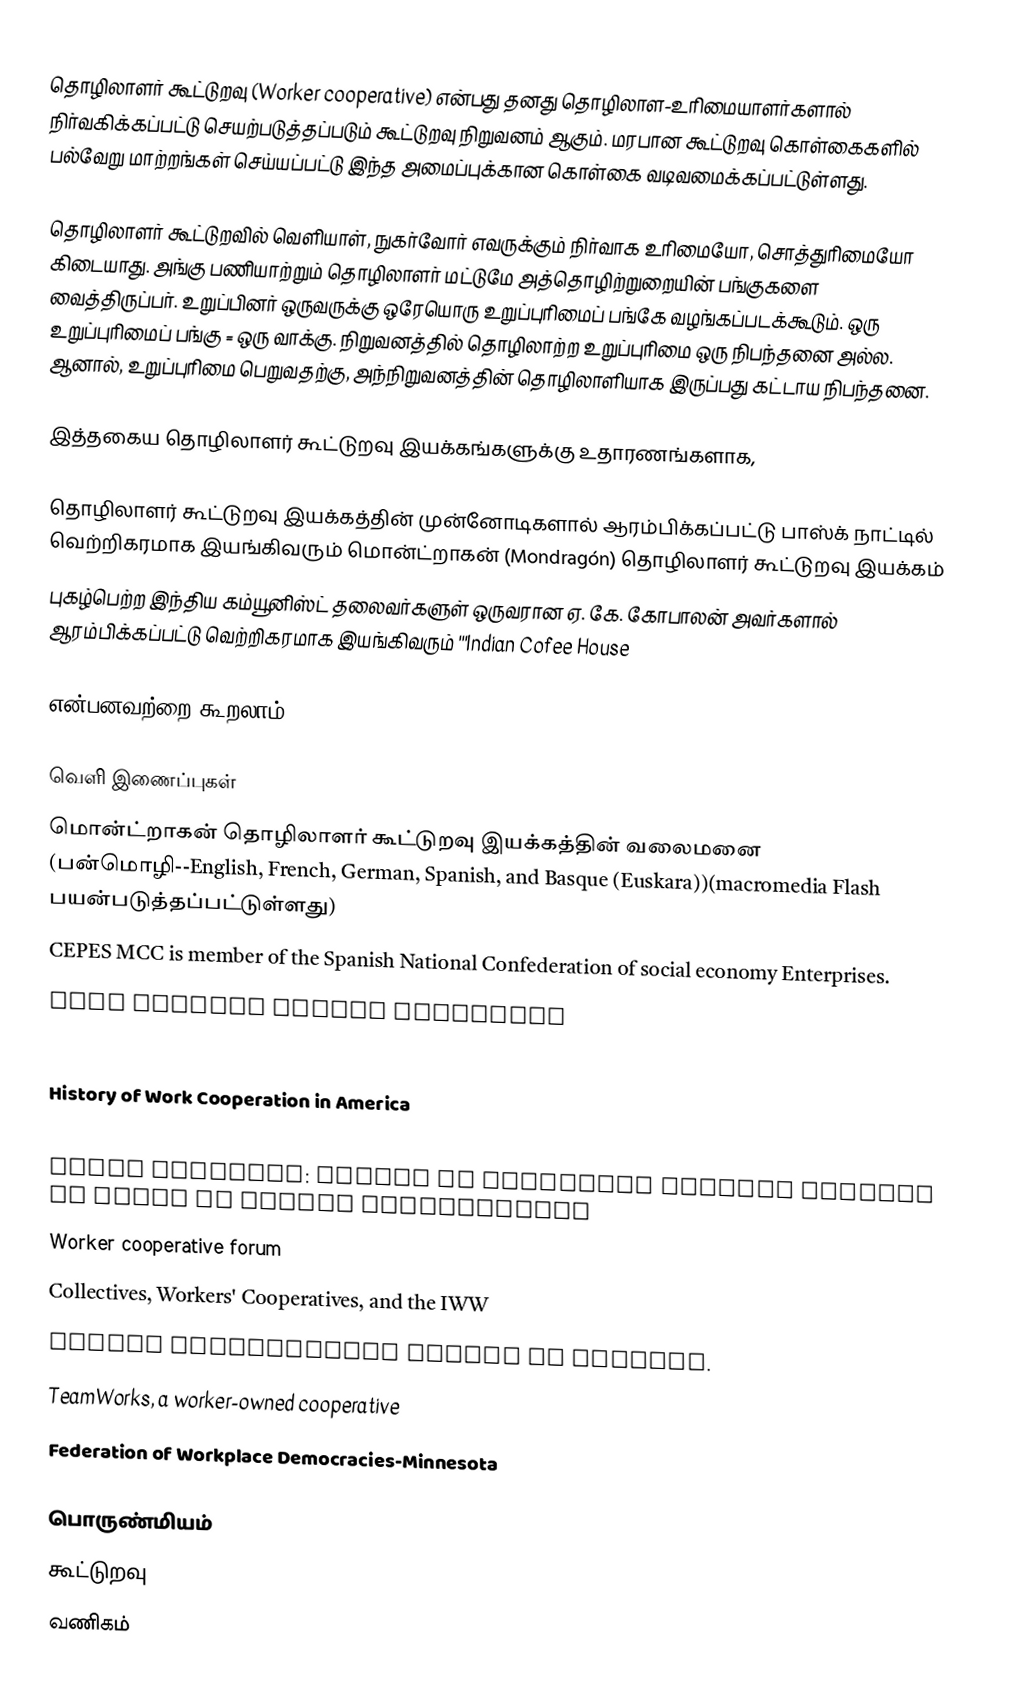
தொழிலாளர் கூட்டுறவு (Worker cooperative) என்பது தனது தொழிலாள-உரிமையாளர்களால் நிர்வகிக்கப்பட்டு செயற்படுத்தப்படும் கூட்டுறவு நிறுவனம் ஆகும். மரபான கூட்டுறவு கொள்கைகளில் பல்வேறு மாற்றங்கள் செய்யப்பட்டு இந்த அமைப்புக்கான கொள்கை வடிவமைக்கப்பட்டுள்ளது.

தொழிலாளர் கூட்டுறவில் வெளியாள், நுகர்வோர் எவருக்கும் நிர்வாக உரிமையோ, சொத்துரிமையோ கிடையாது. அங்கு பணியாற்றும் தொழிலாளர் மட்டுமே அத்தொழிற்றுறையின் பங்குகளை வைத்திருப்பர். உறுப்பினர் ஒருவருக்கு ஒரேயொரு உறுப்புரிமைப் பங்கே வழங்கப்படக்கூடும். ஒரு உறுப்புரிமைப் பங்கு = ஒரு வாக்கு. நிறுவனத்தில் தொழிலாற்ற உறுப்புரிமை ஒரு நிபந்தனை அல்ல. ஆனால், உறுப்புரிமை பெறுவதற்கு, அந்நிறுவனத்தின் தொழிலாளியாக இருப்பது கட்டாய நிபந்தனை.

இத்தகைய தொழிலாளர் கூட்டுறவு இயக்கங்களுக்கு உதாரணங்களாக,

தொழிலாளர் கூட்டுறவு இயக்கத்தின் முன்னோடிகளால் ஆரம்பிக்கப்பட்டு பாஸ்க் நாட்டில் வெற்றிகரமாக இயங்கிவரும் மொன்ட்றாகன் (Mondragón) தொழிலாளர் கூட்டுறவு இயக்கம்
 புகழ்பெற்ற இந்திய கம்யூனிஸ்ட் தலைவர்களுள் ஒருவரான ஏ. கே. கோபாலன் அவர்களால் ஆரம்பிக்கப்பட்டு வெற்றிகரமாக இயங்கிவரும் '''Indian Cofee House

என்பனவற்றை கூறலாம்.

வெளி இணைப்புகள்
மொன்ட்றாகன் தொழிலாளர் கூட்டுறவு இயக்கத்தின் வலைமனை (பன்மொழி--English, French, German, Spanish, and Basque (Euskara))(macromedia Flash பயன்படுத்தப்பட்டுள்ளது)
CEPES  MCC is member of the Spanish National Confederation of social economy Enterprises.
Work Changes within Mondragón
 Bay Area Network of Worker Cooperatives - (Network of Bay Area Worker Cooperatives-NoBAWC, pronounced "No Boss!")
 History of Work Cooperation in America
 Beyond Capitalism: Leland Stanford's Forgotten Vision
 David Ellerman: Papers on political economy arguing in favor of worker cooperatives
 Worker cooperative forum
 Collectives, Workers' Cooperatives, and the IWW
 Worker Cooperatives Mapped on Platial.
 TeamWorks, a worker-owned cooperative
 Federation of Workplace Democracies-Minnesota

பொருண்மியம்
கூட்டுறவு
வணிகம்